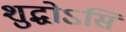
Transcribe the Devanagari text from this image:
शुद्धोऽसि